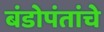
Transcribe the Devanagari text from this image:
बंडोपंतांचे